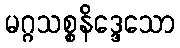
မဂ္ဂသစ္စနိဒ္ဒေသော